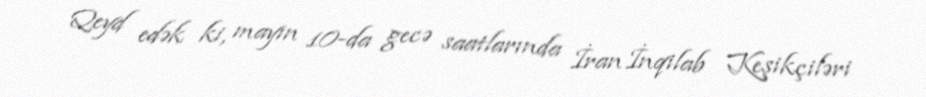
Qeyd edək ki, mayın 10-da gecə saatlarında İran İnqilab Keşikçiləri